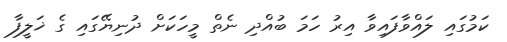
ކަމުގައި ލައްވާފައިވާ އިރު ހަމަ ބުއްދި ނެތް މީހަކަށް ދުނިޔޭގައި ގެ ޚަލީފާ